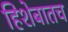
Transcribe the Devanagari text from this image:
हिशेबातच